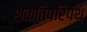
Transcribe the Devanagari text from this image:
शक्तिपरिपथ